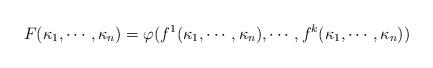
LaTeX: \begin{align*}F (\kappa_1, \cdots, \kappa_n) = \varphi(f^1(\kappa_1, \cdots, \kappa_n), \cdots, f^k(\kappa_1, \cdots, \kappa_n))\end{align*}